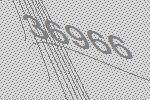
36966